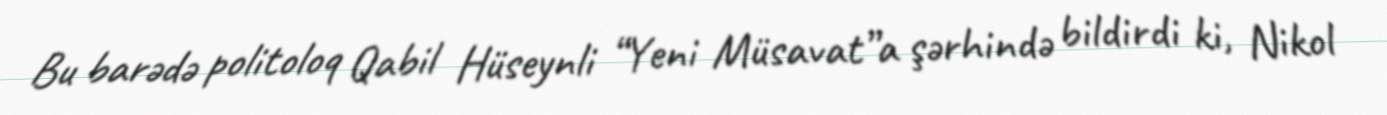
Bu barədə politoloq Qabil Hüseynli “Yeni Müsavat”a şərhində bildirdi ki, Nikol